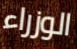
الوزراء